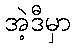
အဲ့ဒီမှာ